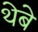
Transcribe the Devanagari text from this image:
थेबे